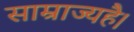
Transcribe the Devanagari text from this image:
साम्राज्यहै।